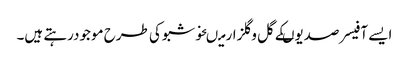
ایسے آفیسر صدیوںکے گل وگلزارمیںخوشبوکی طرح موجودرہتے ہیں۔